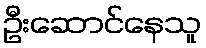
ဦးဆောင်နေသူ